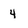
Character: 4